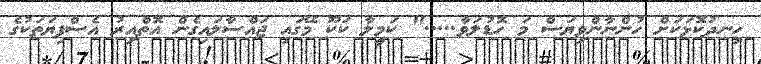
ހިނދުކޮޅަކަށް ހުންނާންވިޔަސް މަ ހޮޑުލަވާ....." ކަމީލާ ކަކޫ މޭގައި ޖައްސާލައިގެން އޮތްއިރު އެސްފިޔަތަކުގެ